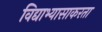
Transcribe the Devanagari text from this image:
विद्याभ्यासाकरता